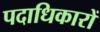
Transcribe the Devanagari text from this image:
पदाधिकारों